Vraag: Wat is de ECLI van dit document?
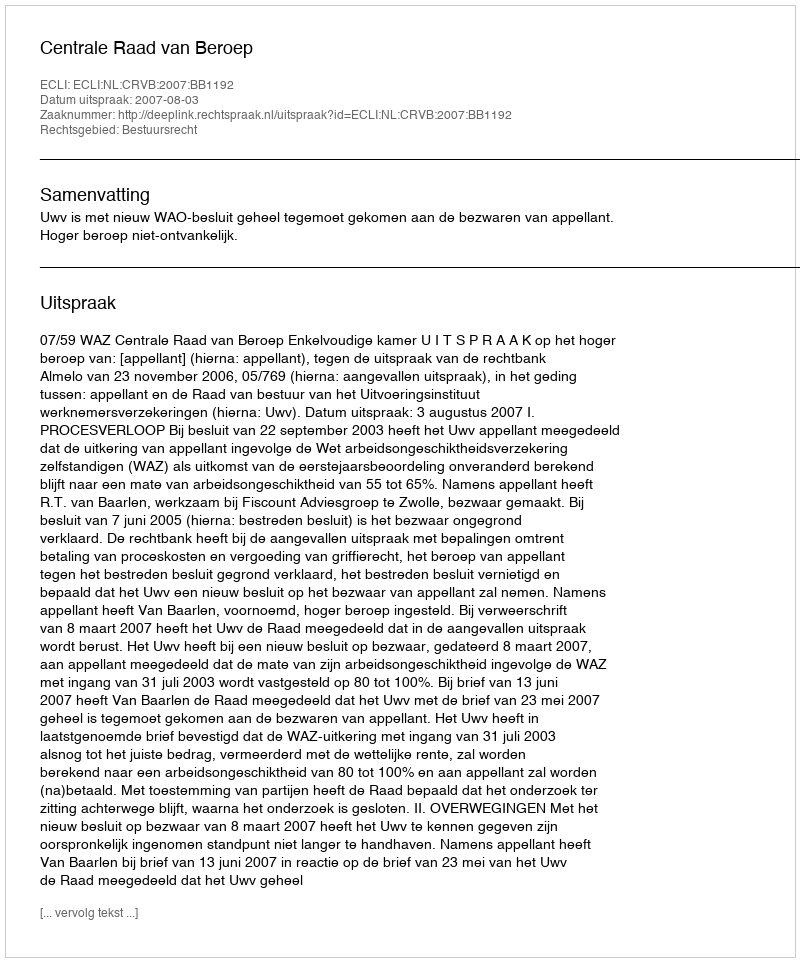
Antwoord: ECLI:NL:CRVB:2007:BB1192